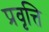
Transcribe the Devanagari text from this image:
प्रवृत्ति